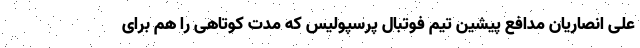
علی انصاریان مدافع پیشین تیم فوتبال پرسپولیس که مدت کوتاهی را هم برای